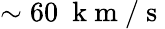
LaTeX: \sim 60~\mathrm{~k~m~/~s~}